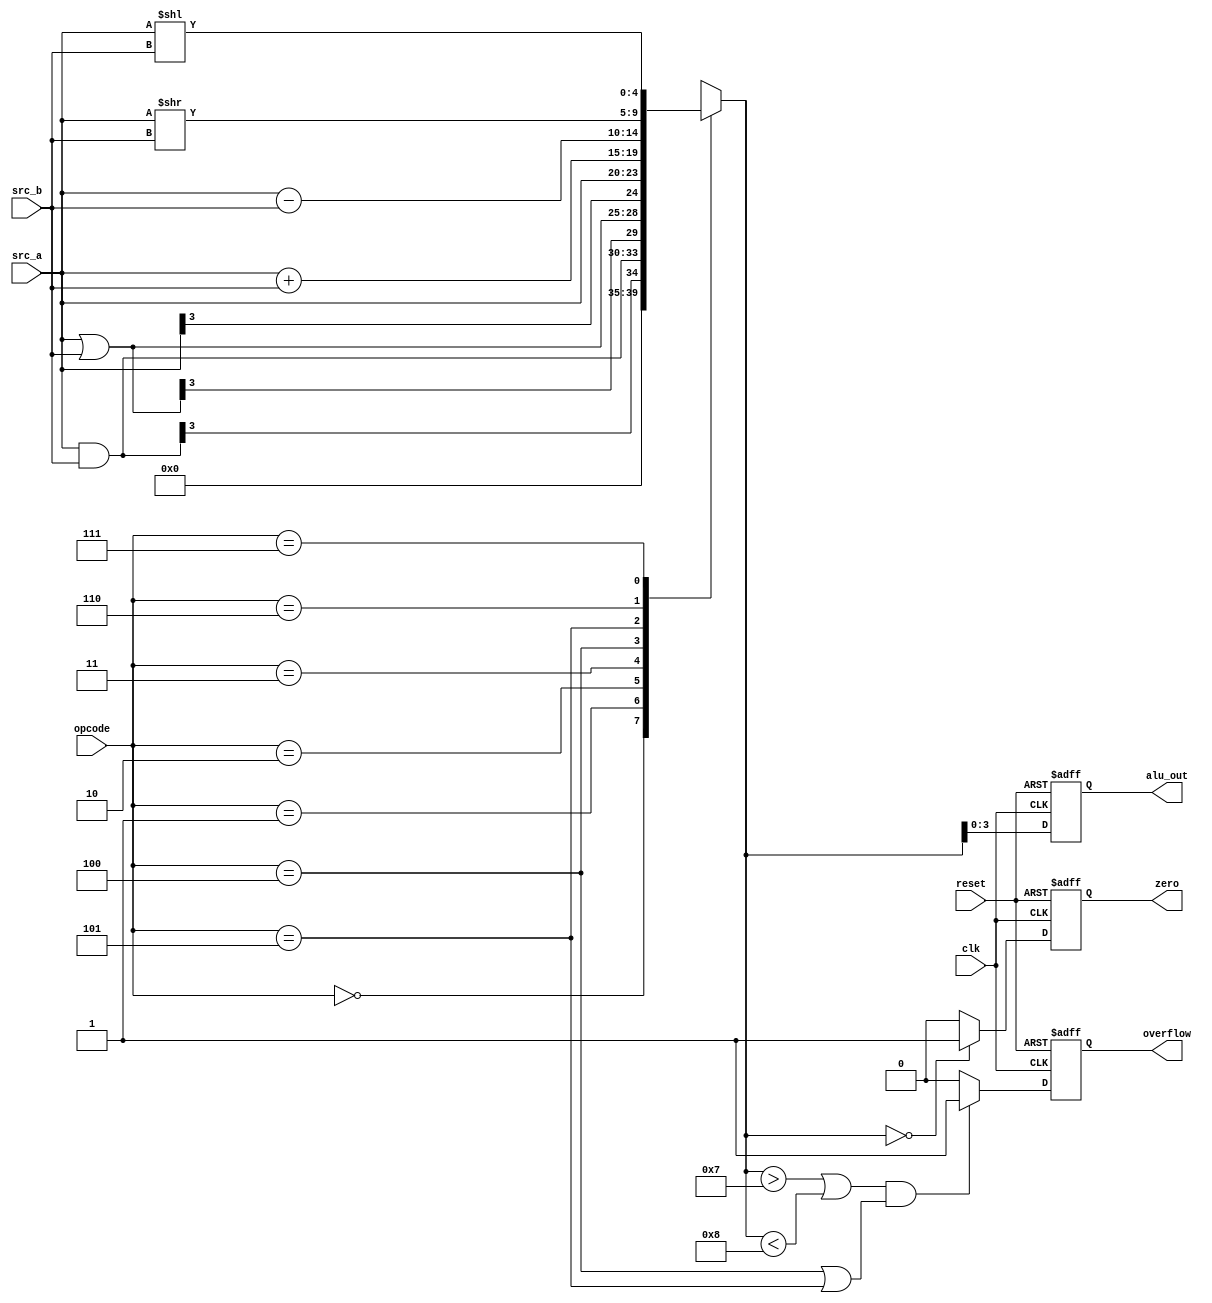
module alu (overflow,alu_out,zero,src_a,src_b,opcode,clk,reset) ;
//input output declartion
output reg overflow,zero ;
output reg[3:0]alu_out ;
input signed[3:0] src_a,src_b;
input[2:0]opcode ;
input clk, reset;
reg signed[4:0] tmp; //to solve the overflow problem

always@(*)begin
          case(opcode)
              3'b000:  //no operation
                  begin
                      tmp = 4'd0;
                  end
              3'b001:  //and   
                  begin
                      tmp = src_a&src_b;
                  end
              3'b010: //or        
                  begin
                      tmp = src_a|src_b;
                  end
              3'b011: //pass
                  begin
                      tmp = src_a;
                  end
              3'b100: //+
                  begin
                   tmp = src_a+src_b;
                  end
              3'b101: //-
                  begin
                   tmp = src_a-src_b;                   
                  end
              3'b110: //shift right
                  begin	     
                      tmp = {1'b0, src_a} >> src_b;
                  end
              3'b111: //shift left
                  begin
                      tmp = {1'b0, src_a} << src_b;
                  end   
              default: tmp = 0;

       endcase   
end 

always@(posedge clk or posedge reset)begin
if(reset)
	alu_out <= 0;
else
	alu_out <= tmp[3:0];
end


always@(posedge clk or posedge reset)begin//overflow
if(reset)
	overflow <= 0;
else if(((tmp > 7) || (tmp < -8))&&((opcode == 3'b100) || (opcode == 3'b101)))
	overflow <= 1;
else
	overflow <= 0;
end



always@(posedge clk or posedge reset)begin
if(reset)
	zero <= 0;
else if(tmp == 0)
	zero <= 1;
else
	zero <= 0;
end
endmodule